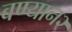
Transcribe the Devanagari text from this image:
बण्यान२